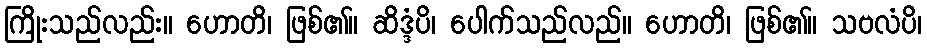
ကြိုးသည်လည်း။ ဟောတိ၊ ဖြစ်၏။ ဆိဒ္ဒံပိ၊ ပေါက်သည်လည်။ ဟောတိ၊ ဖြစ်၏။ သဗလံပိ၊